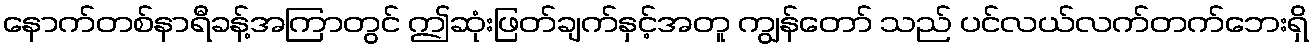
နောက်တစ်နာရီခန့်အကြာတွင် ဤဆုံးဖြတ်ချက်နှင့်အတူ ကျွန်တော် သည် ပင်လယ်လက်တက်ဘေးရှိ